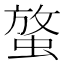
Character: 𧌱